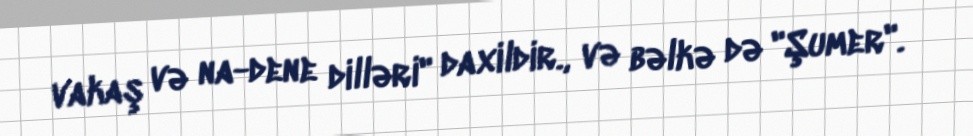
vakaş və na-dene dilləri" daxildir., və bəlkə də "Şumer".